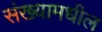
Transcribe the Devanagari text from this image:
संख्यामधील